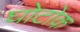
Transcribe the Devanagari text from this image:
घोटोक